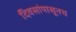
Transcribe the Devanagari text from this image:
दिवसांपासूनच